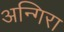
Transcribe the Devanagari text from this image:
अन्गिरा